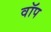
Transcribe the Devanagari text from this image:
वॉप